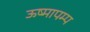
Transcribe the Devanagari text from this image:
ऊष्मापम्प